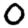
Digit: 0